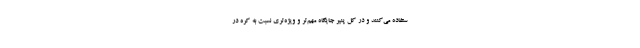
ستفاده می‌کنند و در کل پنیر جایگاه مهم‌تر و ویژه‌تری نسبت به کره در